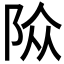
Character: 𨹊